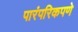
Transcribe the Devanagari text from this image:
पारंपरिकपणे